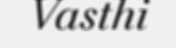
Vasthi